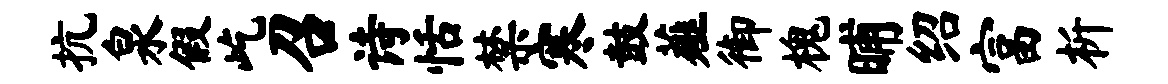
抗泉假屹召诗恬禁寒鼓薤御槐晡绍富析